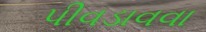
પીવડાવવા